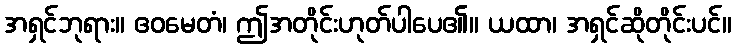
အရှင်ဘုရား။ ဧဝမေတံ၊ ဤအတိုင်းဟုတ်ပါပေ၏။ ယထာ၊ အရှင်ဆိုတိုင်းပင်။